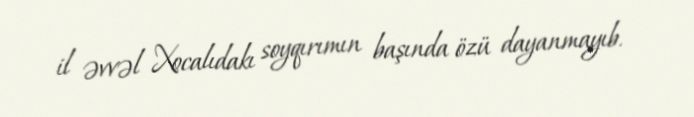
il əvvəl Xocalıdakı soyqırımın başında özü dayanmayıb.